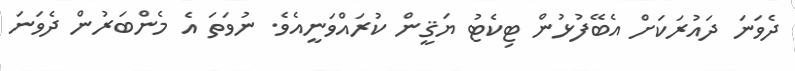
ދެވަނަ ދައުރަކަށް އެބޭފުޅުން ޓިކެޓު ޔަޤީން ކުރައްވަނީއެވެ. ނުވަތަ އެ މެންބަރުން ދެވަނަ